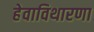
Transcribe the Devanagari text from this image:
हेवाविथारणा